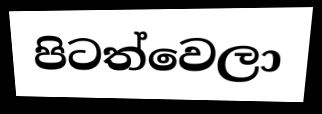
පිටත්වෙලා